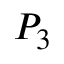
P _ { 3 }